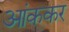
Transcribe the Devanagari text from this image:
आंककर